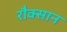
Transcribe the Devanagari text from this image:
रौक्सान